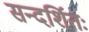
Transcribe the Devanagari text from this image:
सन्दर्शितः